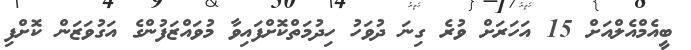
ބީއެމްއެލްއަށް 15 އަހަރަށް ވުރެ ގިނަ ދުވަހު ހިދުމަތްކޮށްފައިވާ މުވައްޒަފުންގެ އަގުވަޒަން ކޮށްފި